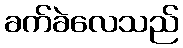
ခက်ခဲလေသည်